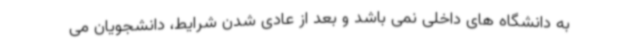
به دانشگاه های داخلی نمی باشد و بعد از عادی شدن شرایط، دانشجویان می